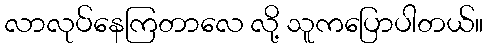
လာလုပ်နေကြတာလေ လို့ သူကပြောပါတယ်။